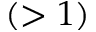
( > 1 )